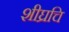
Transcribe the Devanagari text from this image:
शीघ्रचि